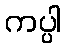
ကပ္ပါ